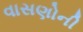
વાસણોની